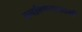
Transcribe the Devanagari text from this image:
बनविण्याकामी